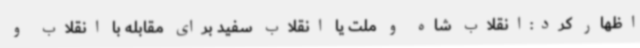
اظهار کرد:انقلاب شاه و ملت یا انقلاب سفید برای مقابله با انقلاب و